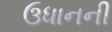
ઉધાનની